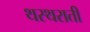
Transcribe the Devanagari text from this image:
थरथराती